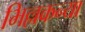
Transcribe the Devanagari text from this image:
भिल्लकन्या